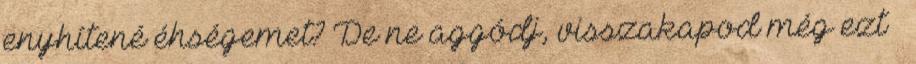
enyhítené éhségemet? De ne aggódj, visszakapod még ezt –